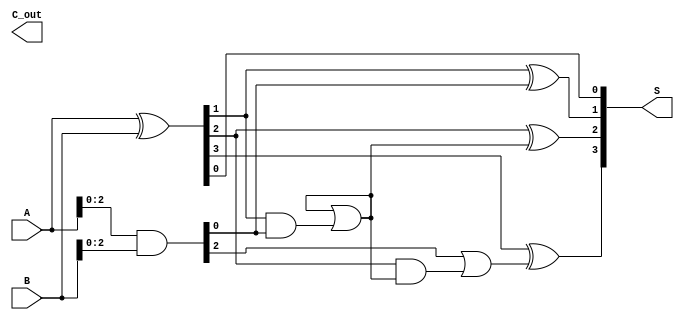
module ParallelPrefixAdder #(parameter N = 4) (
    input  [N-1:0] A,      // First n-bit input
    input  [N-1:0] B,      // Second n-bit input
    output [N-1:0] S,      // n-bit sum output
    output        C_out     // Carry out
);

    // Generate and Propagate signals
    wire [N-1:0] G; // Generate signals
    wire [N-1:0] P; // Propagate signals
    wire [N:0] C;    // Carry signals (C[0] is the carry-in, C[N] is the carry-out)

    // Generate and Propagate calculations
    assign G = A & B;          // G[i] = A[i] & B[i]
    assign P = A ^ B;          // P[i] = A[i] ^ B[i]

    // Carry computation using Kogge-Stone prefix network
    assign C[0] = 1'b0; // Initial carry-in is 0

    // Level 1
    genvar i;
    generate
        for (i = 0; i < N-1; i = i + 1) begin: level1
            assign C[i+1] = G[i] | (P[i] & C[i]);
        end
    endgenerate

    // Level 2
    generate
        for (i = 0; i < N-2; i = i + 2) begin: level2
            assign C[i+2] = G[i+1] | (P[i+1] & C[i]);
        end
    endgenerate

    // Level 3
    generate
        for (i = 0; i < N-4; i = i + 4) begin: level3
            assign C[i+4] = G[i+3] | (P[i+3] & C[i]);
        end
    endgenerate

    // Sum calculation
    generate
        for (i = 0; i < N; i = i + 1) begin: sum_calc
            assign S[i] = P[i] ^ C[i]; // S[i] = P[i] ^ C[i]
        end
    endgenerate

    // Final carry-out
    assign C_out = C[N]; // Final carry-out

endmodule